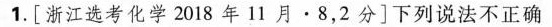
1.[浙江选考化学2018年11月·8，2分]下列说法不正确